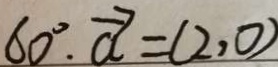
6 0 ^ { \circ } . \overrightarrow { a } = ( 2 , 0 )